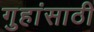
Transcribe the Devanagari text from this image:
गुहांसाठी